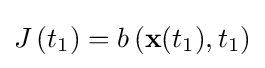
J\left(t_{1}\right)=b\left(\mathbf {x} (t_{1}),t_{1}\right)